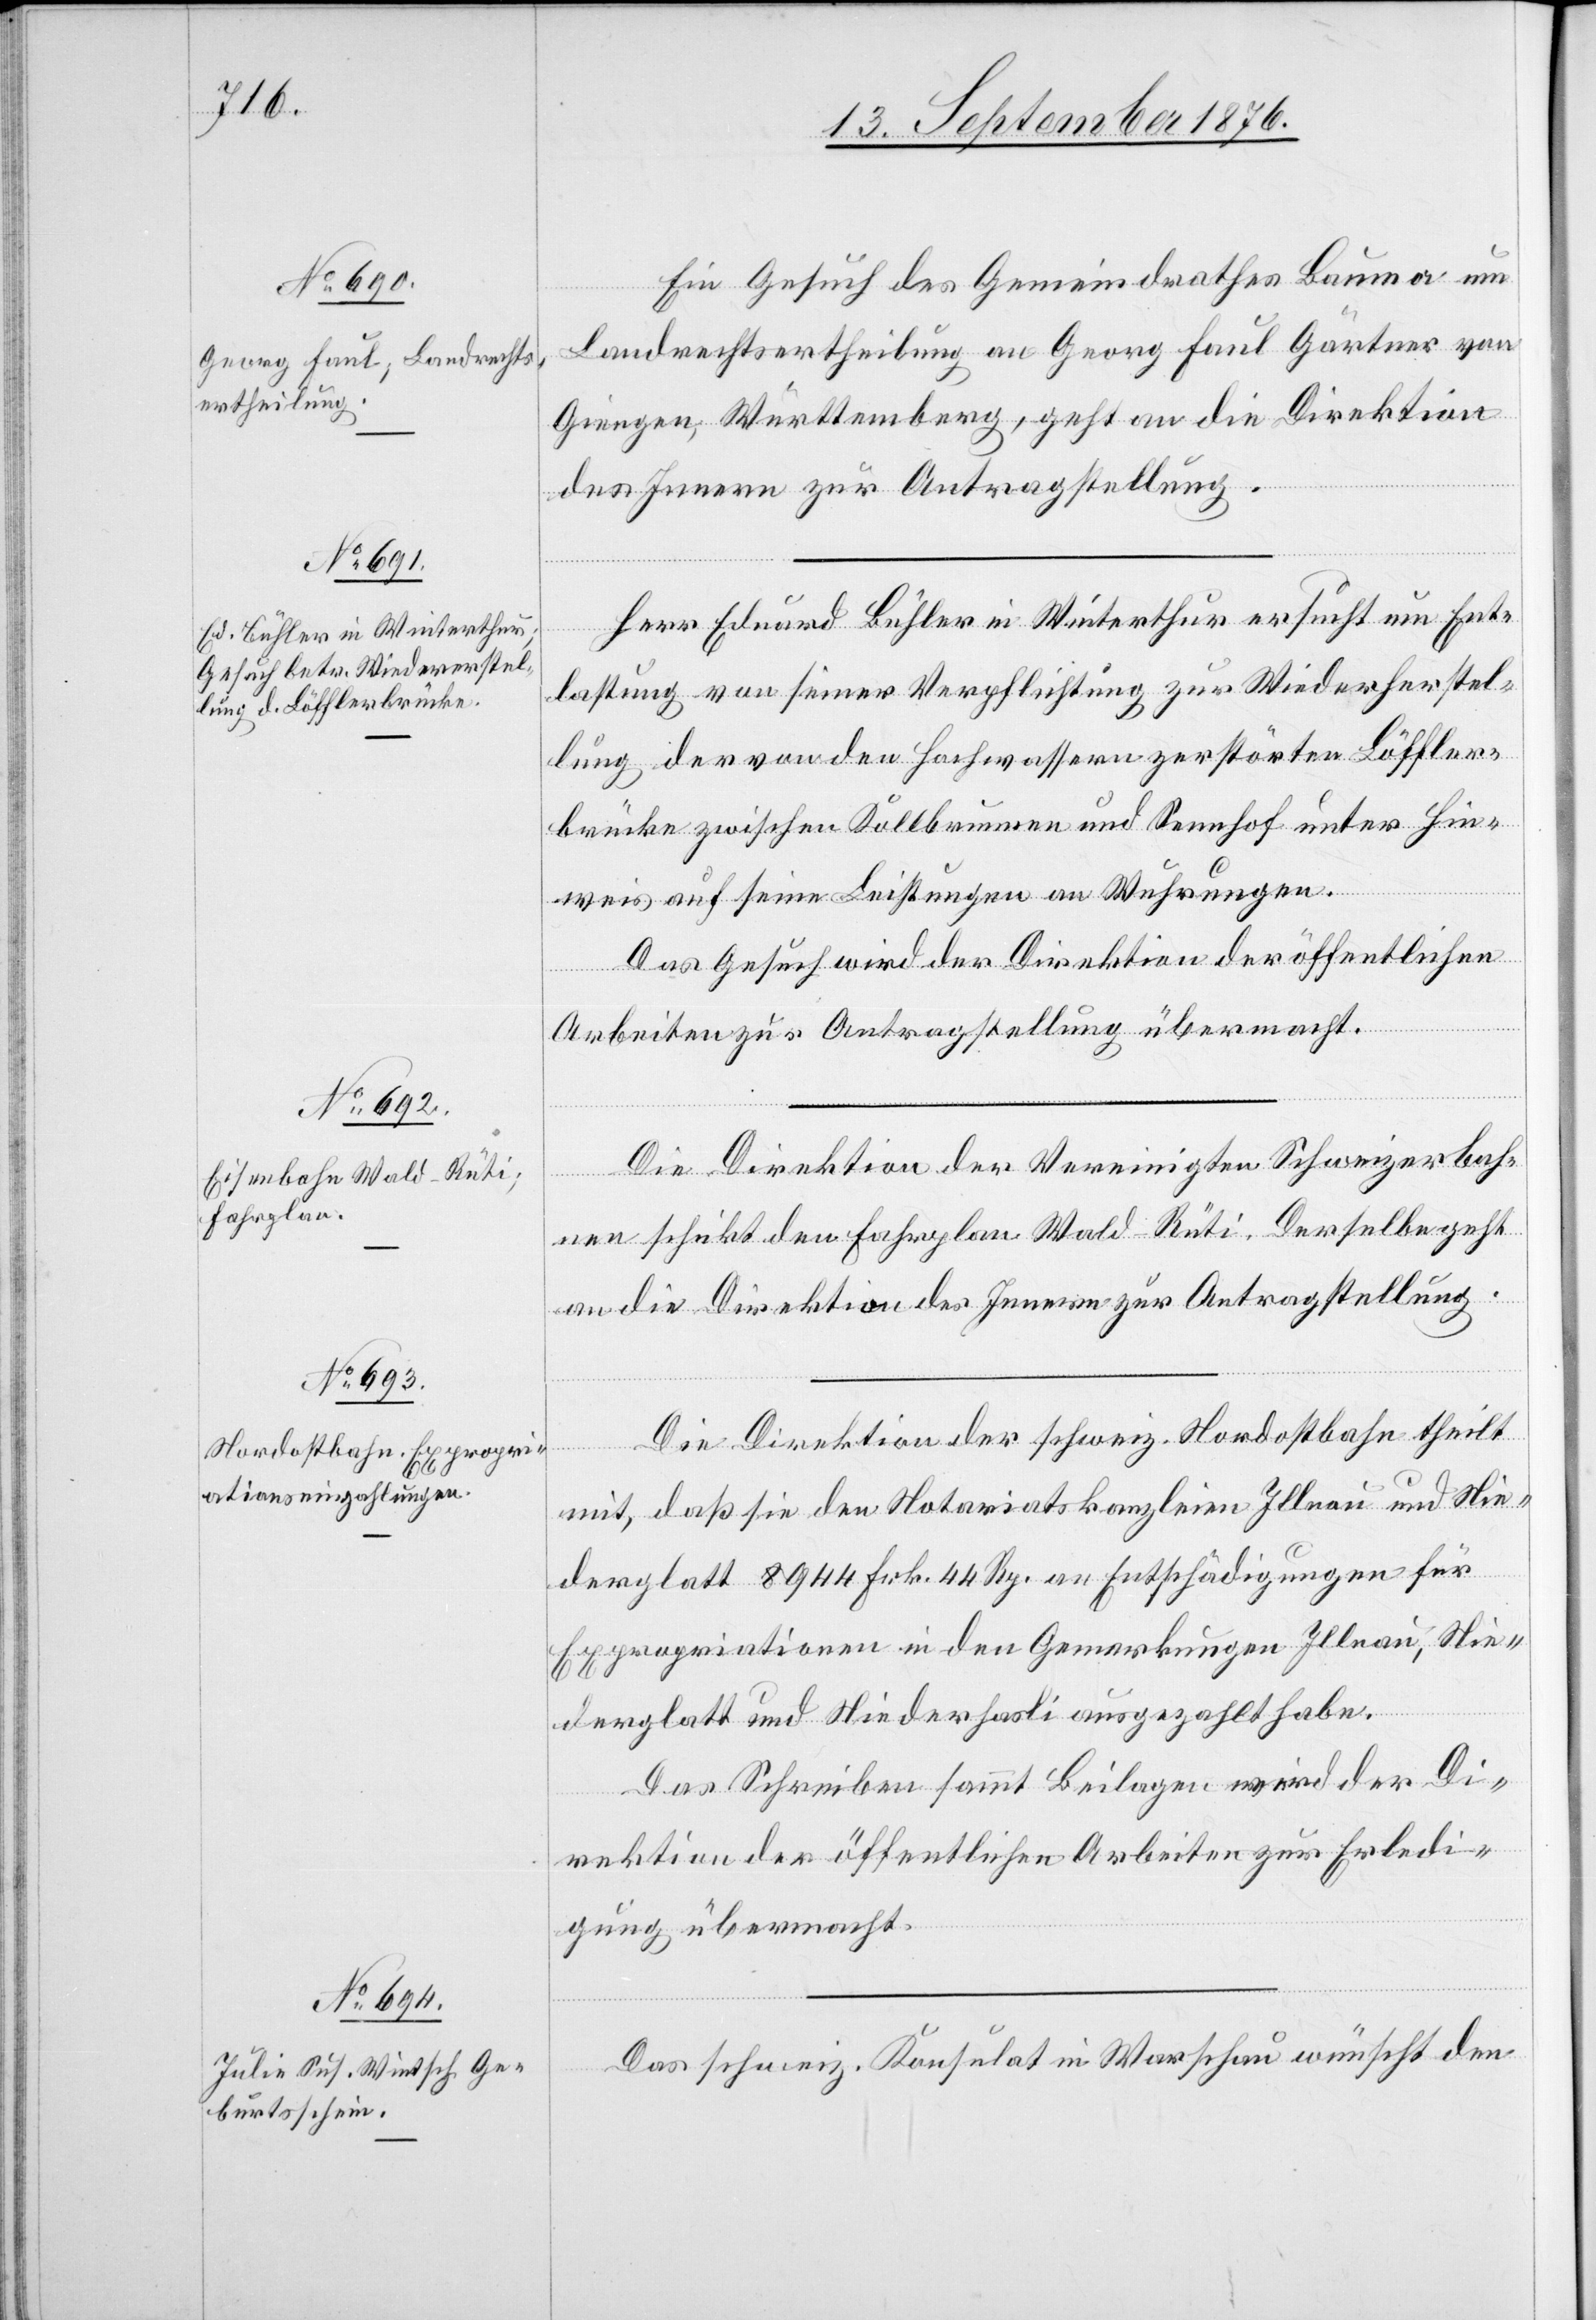
13. September 1876.]
Ein Gesuch des Gemeindrathes Bauma um
Landrechtsertheilung an Georg Faul Gärtner von
Giengen, Württemberg, geht an die Direktion
des Innern zur Antragstellung.
Herr Eduard Bühler in Winterthur ersucht um Ent¬
lastung von seiner Verpflichtung zur Wiederherstel¬
lung der von den Hochwassern zerstörten Löffler¬
brücke zwischen Kollbrunnen und Sennhof unter Hin¬
weis auf seine Leistungen an Wuhrungen.
Das Gesuch wird der Direktion der öffentlichen
Arbeiten zur Antragstellung übermacht.
Die Direktion der Vereinigten Schweizerbah¬
nen schickt den Fahrplan Wald–Rüti. Derselbe geht
an die Direktion des Innern zur Antragstellung.
Die Direktion der schweiz. Nordostbahn theilt
mit, daß sie den Notariatskanzleien Illnau und Nie¬
derglatt 8944 Frk. 44 Rp. an Entschädigungen für
Expropriationen in den Gemarkungen Illnau, Nie¬
derglatt und Niederhasli ausgezahlt habe.
Das Schreiben sammt Beilagen wird der Di¬
rektion der öffentlichen Arbeiten zur Erledi¬
gung übermacht.
Das schweiz. Konsulat in Warschau wünscht den